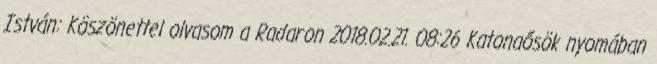
István: Köszönettel olvasom a Radaron 2018.02.21. 08:26 Katonaősök nyomában